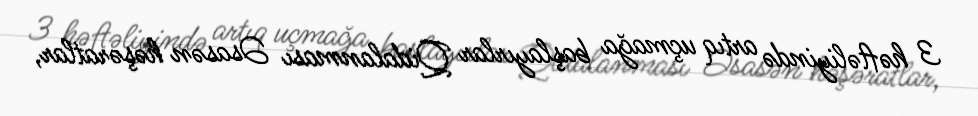
3 həftəliyində artıq uçmağa başlayırlar Qidalanması Əsasən həşəratlar,